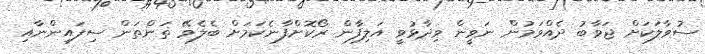
ސުވާލަކަށް ޖަވާބު ދެއްވަމުން ނަވީން ވިދާޅުވީ އަލިފާން ރޯކޮށްފާނެކަމަށް ބެލެވޭ ތަންތަން ސިފައިންނާއި